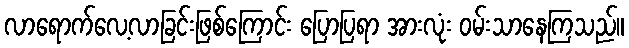
လာရောက်လေ့လာခြင်းဖြစ်ကြောင်း ပြောပြရာ အားလုံး ဝမ်းသာနေကြသည်။